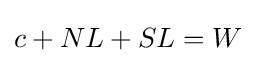
c+NL+SL=W